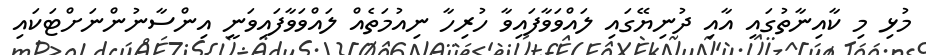
މުޅި މި ކާއިނާތުގައި އާއި ދުނިޔޭގައި ލައްވަވާފައިވާ ހުރިހާ ނިއުމަތެއް ލައްވަވާފައިވަނީ އިންސާނުންނަށްޓަކައި